Leaving Certificate Examination (including Day School Certificate (Higher) General paper), 1936
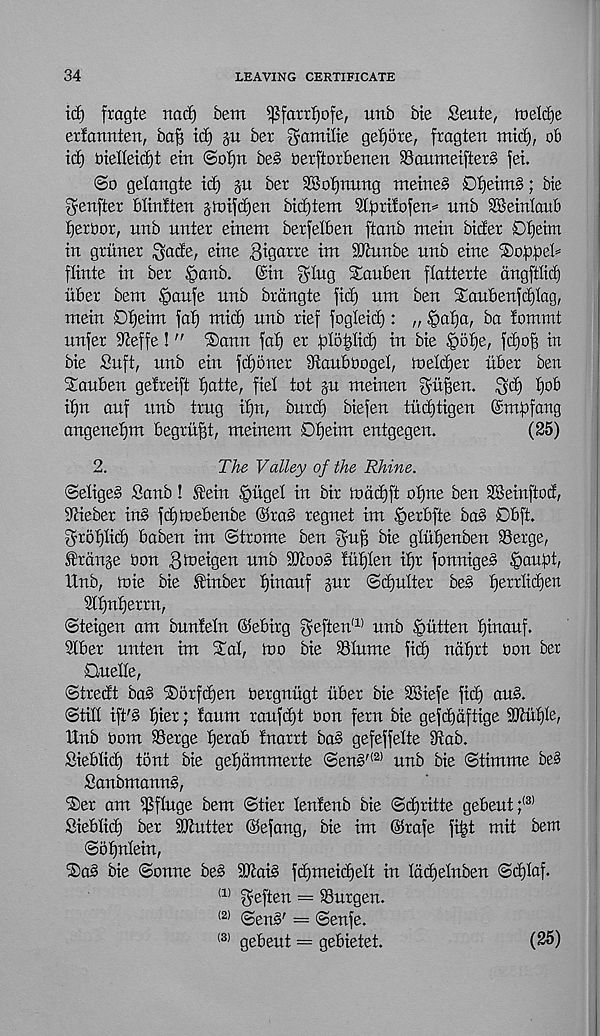
34
LEAVING CERTIFICATE
id) fragte nad) bem ^farrfjofe, unb bte Seute, toeldje
erfonnten, ba^ id) jit ber gomilie getjore, fragten mid), ob
id) biedeidjt eiti @oI)n be§ tietfiorbenen 95oumeifter§ fei.
@o gelangte id) §u ber SSobmmg meineS 0i)eim§; bie
genfter blinlten gtnifdjen bidjtem Sl^rilofen= unb SBeinlaub
fjerbor, uub uuter eiuem berfelbeu ftaub mein bider ©Ijeim
in griiner ^ode, eine Bigarte im Sdiunbe unb eine 'Sobbeb
flinte in ber ,t)anb. @irt ^lug Sauben flatterte dngftlid)
iiber bem §aufe unb brdngte fid) um ben $aubenfd)Iag,
mein Db)eim faf) mid) unb rief fogleid): „ $af)a, ba iommt
unfer Sieffe!" ®ann fob) er folopd) in bie £>of)e, fd)0)3 in
bie Suft, unb ein fd)6ner 9 ? caubt)oge(, toeldjer liber ben
Sauben gefreift fjotte, fiel toi ju meinen guffem ^d) £)ob
ib)n ouf unb trug ifjn, burd) biefen tiidjtigen ©mbfang
angenebjm begrii^t, meinem Dbjeim entgegen.
(25)
2.
The Valley of the Rhine.
©edged Sonb! fein |iugel in bir in ad) ft of)ne ben SBeinftocf,
Stieber ins fd)tnebenbe @raS regnet im ^erbfie bod 0bft.
grof)tid) baben im ©trome ben ^uf) bie glitf)enben SSerge,
Grange bon 3 to eigen unb SDtood !uf)Ien it)r fonniged §auf)t,
Unb, mie bie Stinber tjinouf §ur ©d)niter bed tjerrlidjen
9tf)nt)errn,
©teigen am bunteln (Sebirg geften' 1 ' unb .^iitten f)inauf.
SIber unten im Xal, mo bie Slume fid) natjrt bon ber
Quelle,
©tredt bad ®orfd)en bergniigt iiber bie SKiefe fid) and.
©tilt ift'd f)ier; fount roufdjt bon fern bie gefdjdftige 9Jtuf)Ie,
Unb bom Serge fjerab fnorrt bod gefeffelte 9tob.
Sieblid) tbnt bie gefjdmmerte ©end ,(2) unb bie ©timme bed
Sonbmonnd,
®er om i|?fluge bem ©tier lenfenb bie ©d)ritte gebeut; (3)
Sieblid) ber Stutter ©efang, bie im ©rofe fi^t mit bem
©ofjntein,
®ad bie ©onne bed Staid fdjmeidjelt in Iddjelnben ©d)Iof.
(1) fyeften = Surgen.
(2) ©end' = ©enfe.
(3) gebeut = gebietet.
(25)